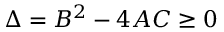
\Delta = B ^ { 2 } - 4 A C \ge 0